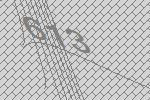
613